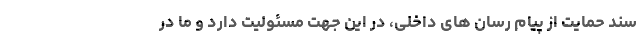
سند حمایت از پیام رسان های داخلی، در این جهت مسئولیت دارد و ما در